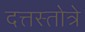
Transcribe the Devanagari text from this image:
दत्तस्तोत्रे